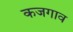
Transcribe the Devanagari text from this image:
कजगाव